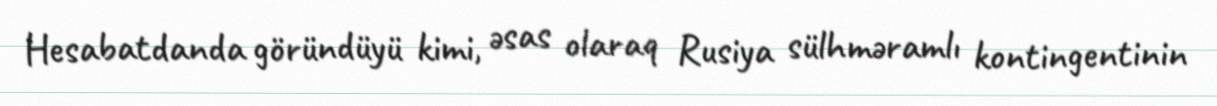
Hesabatdanda göründüyü kimi, əsas olaraq Rusiya sülhməramlı kontingentinin